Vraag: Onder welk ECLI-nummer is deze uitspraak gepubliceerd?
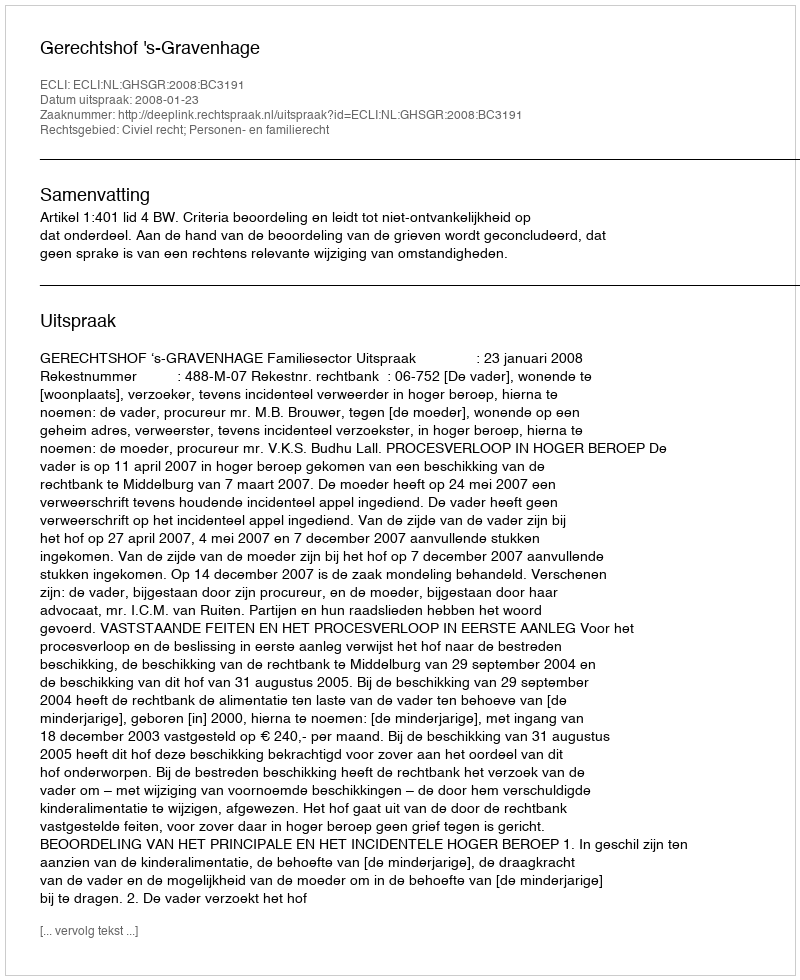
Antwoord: ECLI:NL:GHSGR:2008:BC3191